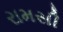
રામસી